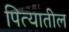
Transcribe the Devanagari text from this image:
पित्यातील